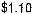
$1.10